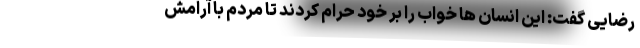
رضایی گفت: این انسان ها خواب را بر خود حرام کردند تا مردم با آرامش